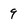
Character: 9